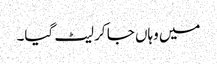
میں وہاں جا کر لیٹ گیا۔